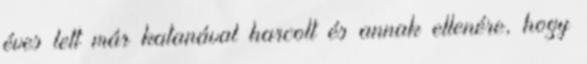
éves lett már katanával harcolt és annak ellenére, hogy